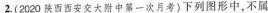
2(2020陕西西安交大附中第一次月考)下列图形中，不属